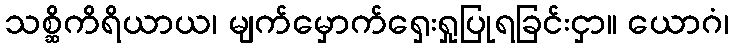
သစ္ဆိကိရိယာယ၊ မျက်မှောက်ရှေးရှုပြုရခြင်းငှာ။ ယောဂံ၊